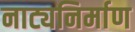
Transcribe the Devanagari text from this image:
नाट्यनिर्माण